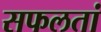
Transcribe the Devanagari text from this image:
सफलतां